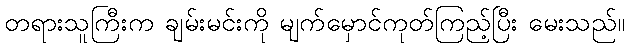
တရားသူကြီးက ချမ်းမင်းကို မျက်မှောင်ကုတ်ကြည့်ပြီး မေးသည်။